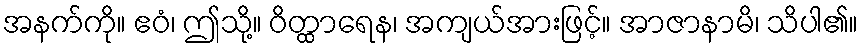
အနက်ကို။ ဧဝံ၊ ဤသို့။ ဝိတ္ထာရေန၊ အကျယ်အားဖြင့်။ အာဇာနာမိ၊ သိပါ၏။